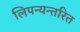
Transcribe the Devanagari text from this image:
लिपन्यन्तरित